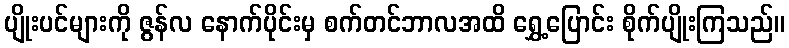
ပျိုးပင်များကို ဇွန်လ နောက်ပိုင်းမှ စက်တင်ဘာလအထိ ရွှေ့ပြောင်း စိုက်ပျိုးကြသည်။